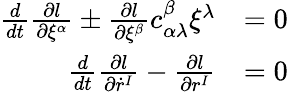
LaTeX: \begin{array}{rl}{\frac{d}{dt}\frac{\partial l}{\partial\xi^{\alpha}}\pm\frac{\partial l}{\partial\xi^{\beta}}c_{\alpha\lambda}^{\beta}\xi^{\lambda}}&{=0}\\ {\frac{d}{dt}\frac{\partial l}{\partial\dot{r}^{I}}-\frac{\partial l}{\partial r^{I}}}&{=0}\end{array}